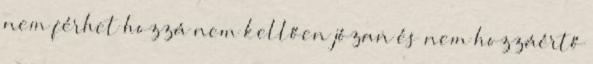
nem férhet hozzá nem kellően józan és nem hozzáértő